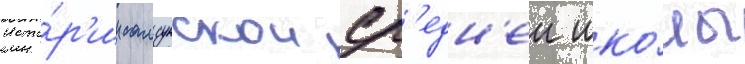
исто́р'ии самсунскои ср'едн'еи шко́лы